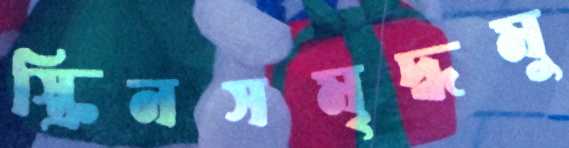
স্ক্রিনসমৃদ্ধমু